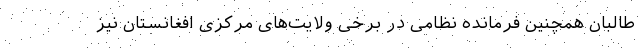
طالبان همچنین فرمانده نظامی در برخی ولایت‌های مرکزی افغانستان نیز